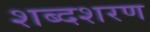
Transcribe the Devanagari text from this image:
शब्दशरण